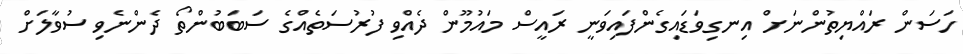
ހަސަން ރައްޔިތުންނަށް އިނގިވަޑައިގެންފައިވަނީ ރައީސް މައުމޫން ދެއްވި ފުރުސަތެއްގެ ސަބަބުންތޯ ދެންނެވި ސުވާލަށް